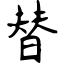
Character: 替